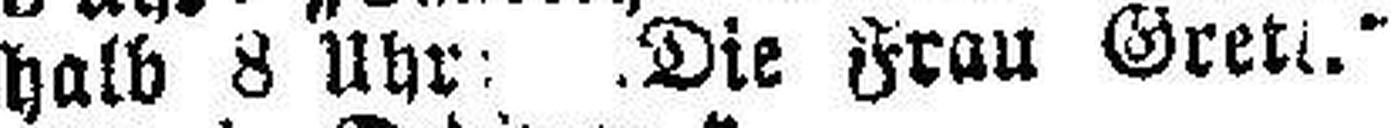
halb 8 Uhr: „Die Frau Greti.“